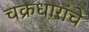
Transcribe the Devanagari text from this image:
चक्रधारांचे